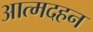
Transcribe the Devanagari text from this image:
आत्मदहन